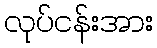
လုပ်ငန်းအား